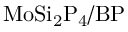
\mathrm { M o S i _ { 2 } P _ { 4 } / B P }